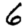
Digit: 6